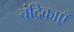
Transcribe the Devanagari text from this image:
चंद्रिकाएँ